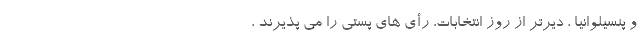
و پنسیلوانیا ، دیرتر از روز انتخابات، رأی های پستی را می پذیرند ،